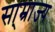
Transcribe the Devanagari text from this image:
सा्म्राज्य